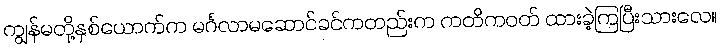
ကျွန်မတို့နှစ်ယောက်က မင်္ဂလာမဆောင်ခင်ကတည်းက ကတိကဝတ် ထားခဲ့ကြပြီးသားလေ။